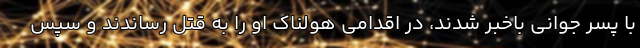
با پسر جوانی باخبر شدند، در اقدامی هولناک او را به قتل رساندند و سپس